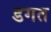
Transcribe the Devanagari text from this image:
डगत